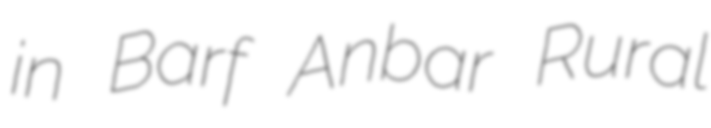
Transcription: in Barf Anbar Rural